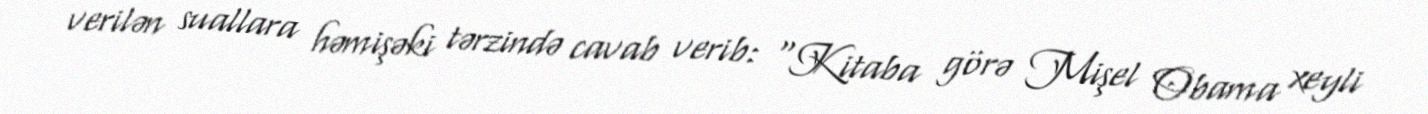
verilən suallara həmişəki tərzində cavab verib: “Kitaba görə Mişel Obama xeyli